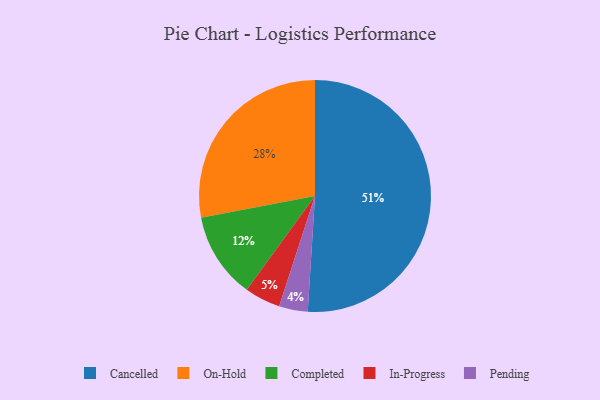
{"axis": {"x": "Category", "y": "Percentage"}, "legend": ["Cancelled", "Completed", "In-Progress", "On-Hold", "Pending"], "data": [{"x": "Pending", "y": 4, "type": "Pending"}, {"x": "Completed", "y": 12, "type": "Completed"}, {"x": "On-Hold", "y": 28, "type": "On-Hold"}, {"x": "Cancelled", "y": 51, "type": "Cancelled"}, {"x": "In-Progress", "y": 5, "type": "In-Progress"}]}